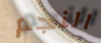
النجم